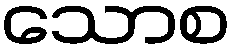
သောစ